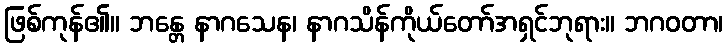
ဖြစ်ကုန်၏။ ဘန္တေ နာဂသေန၊ နာဂသိန်ကိုယ်တော်အရှင်ဘုရား။ ဘဂဝတာ၊